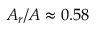
A _ { r } / A \approx 0 . 5 8